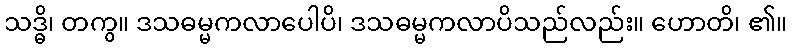
သဒ္ဓိ၊ တကွ။ ဒသဓမ္မကလာပေါပိ၊ ဒသဓမ္မကလာပိသည်လည်း။ ဟောတိ၊ ၏။